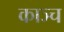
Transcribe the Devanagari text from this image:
काञ्च